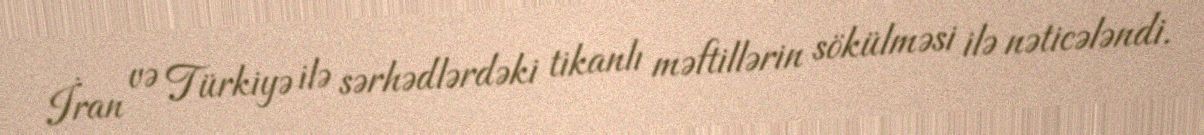
İran və Türkiyə ilə sərhədlərdəki tikanlı məftillərin sökülməsi ilə nəticələndi.